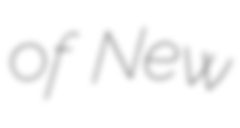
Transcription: of New